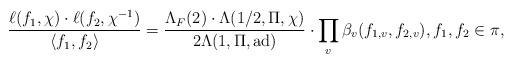
LaTeX: \begin{align*} \frac{\ell(f_1,\chi)\cdot \ell(f_2,\chi^{-1})}{\langle f_1,f_2\rangle}=\frac{\Lambda_F(2)\cdot\Lambda(1/2,\Pi,\chi)}{2\Lambda(1,\Pi,{\rm ad})}\cdot\prod_v\beta_v(f_{1,v},f_{2,v}),f_1,f_2\in\pi,\end{align*}